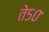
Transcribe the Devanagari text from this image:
ते५०